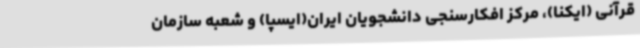
قرآنی (ایکنا)، مرکز افکارسنجی دانشجویان ایران(ایسپا) و شعبه سازمان